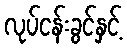
လုပ်ငန်းခွင်နှင့်